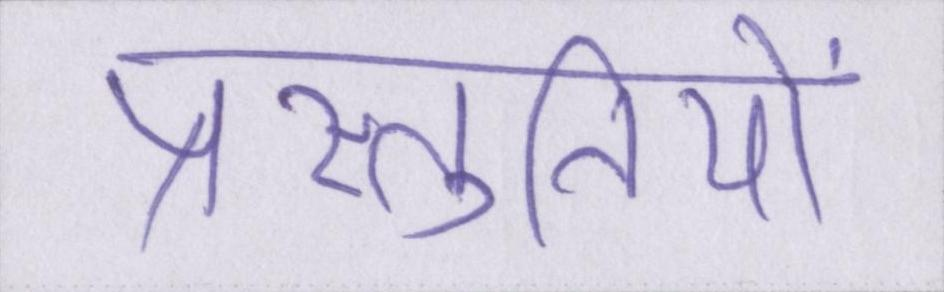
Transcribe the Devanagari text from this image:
प्रस्तुतियों